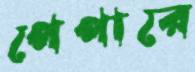
পেপারে